Hæmogregarina gerbilli - Number 18
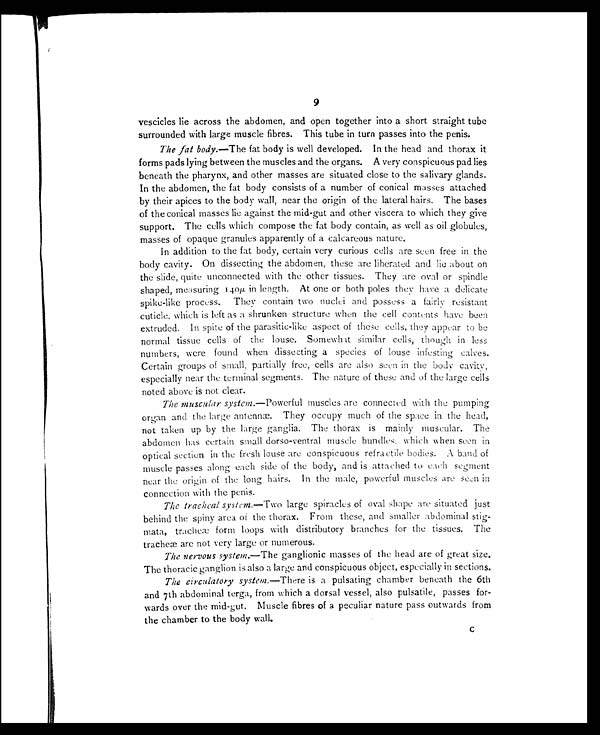
9
vescicles lie across the abdomen, and open together into a short straight tube
surrounded with large muscle fibres. This tube in turn passes into the penis.
The fat body.—The fat body is well developed. In the head and thorax it
forms pads lying between the muscles and the organs. A very conspicuous pad lies
beneath the pharynx, and other masses are situated close to the salivary glands.
In the abdomen, the fat body consists of a number of conical masses attached
by their apices to the body wall, near the origin of the lateral hairs. The bases
of the conical masses lie against the mid-gut and other viscera to which they give
support. The cells which compose the fat body contain, as well as oil globules,
masses of opaque granules apparently of a calcareous nature.
In addition to the fat body, certain very curious cells are seen free in the
body cavity. On dissecting the abdomen, these are liberated and lie about on
the slide, quite unconnected with the other tissues. They are oval or spindle
shaped, measuring 140µin length. At one or both poles they have a delicate
spike-like process. They contain two nuclei and possess a fairly resistant
cuticle, which is left as a shrunken structure when the cell contents have been
extruded. In spite of the parasitic-like aspect of these cells, they appear to be
normal tissue cells of the louse. Somewhat similar cells, though in less
numbers, were found when dissecting a species of louse infesting calves.
Certain groups of small, partially free, cells are also seen in the body cavity,
especially near the terminal segments. The nature of these and of the large cells
noted above is not clear.
The muscular system. —Powerful muscles are connected with the pumping
organ and the large antennæ. They occupy much of the space in the head,
not taken up by the large ganglia. The thorax is mainly muscular. The
abdomen has certain small dorso-ventral muscle bundles, which when seen in
optical section in the fresh louse are conspicuous refractile bodies. A band of
muscle passes along each side of the body, and is attached to each segment
near the origin of the long hairs. In the male, powerful muscles are seen in
connection with the penis.
The tracheal system. —Two large spiracles of oval shape are situated just
behind the spiny area of the thorax. From these, and smaller abdominal stig-
mata, tracheæ form loops with distributory branches for the tissues. The
tracheæ are not very large or numerous.
The nervous system. —The ganglionic masses of the head are of great size.
The thoracic ganglion is also a large and conspicuous object, especially in sections.
The circulatory system. —There is a pulsating chamber beneath the 6th
and 7th abdominal terga, from which a dorsal vessel, also pulsatile, passes for-
wards over the mid-gut. Muscle fibres of a peculiar nature pass outwards from
the chamber to the body wall.
C